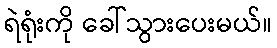
ရဲရုံးကို ခေါ်သွားပေးမယ်။